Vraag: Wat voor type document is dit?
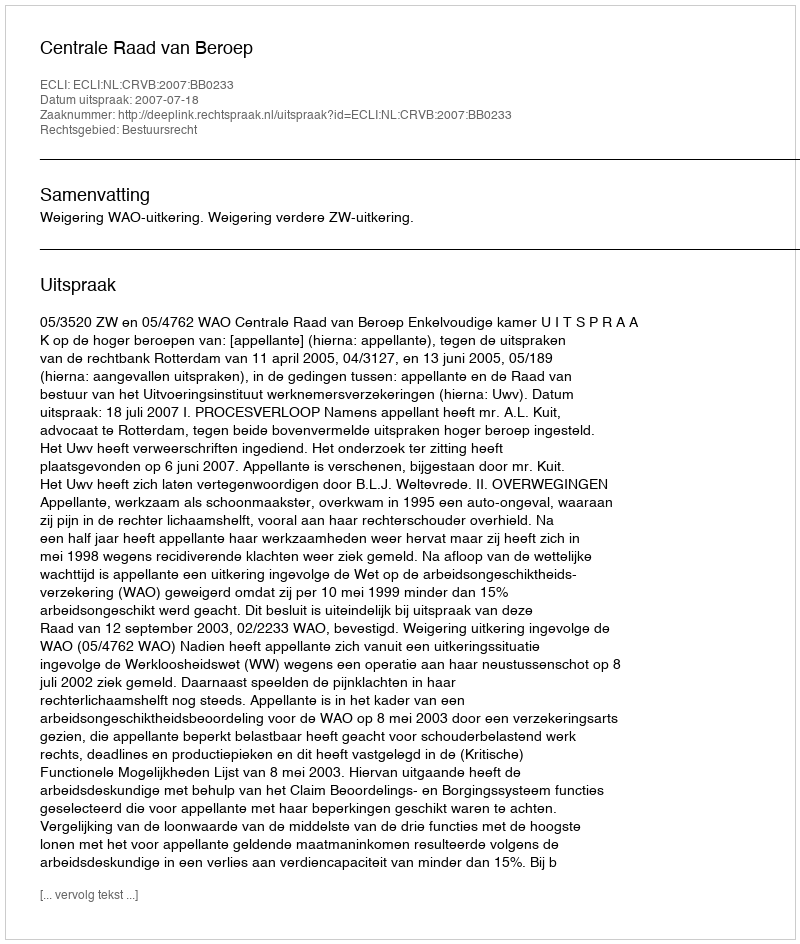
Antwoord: Uitspraak